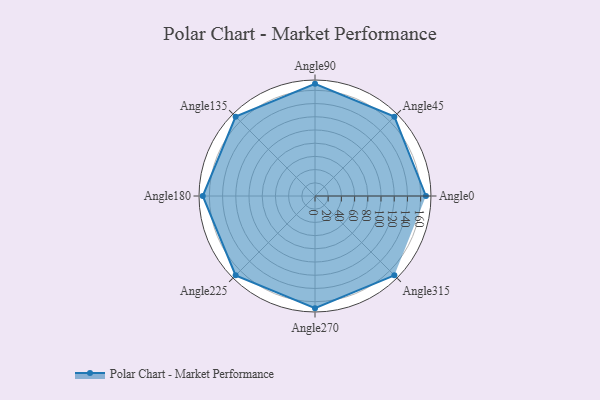
{"axis": {"x": "Angle", "y": "Radius"}, "legend": [""], "data": [{"x": "Angle0", "y": 168.0, "type": ""}, {"x": "Angle45", "y": 170, "type": ""}, {"x": "Angle90", "y": 170, "type": ""}, {"x": "Angle135", "y": 170, "type": ""}, {"x": "Angle180", "y": 170, "type": ""}, {"x": "Angle225", "y": 170, "type": ""}, {"x": "Angle270", "y": 170, "type": ""}, {"x": "Angle315", "y": 170, "type": ""}]}